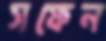
সফেন